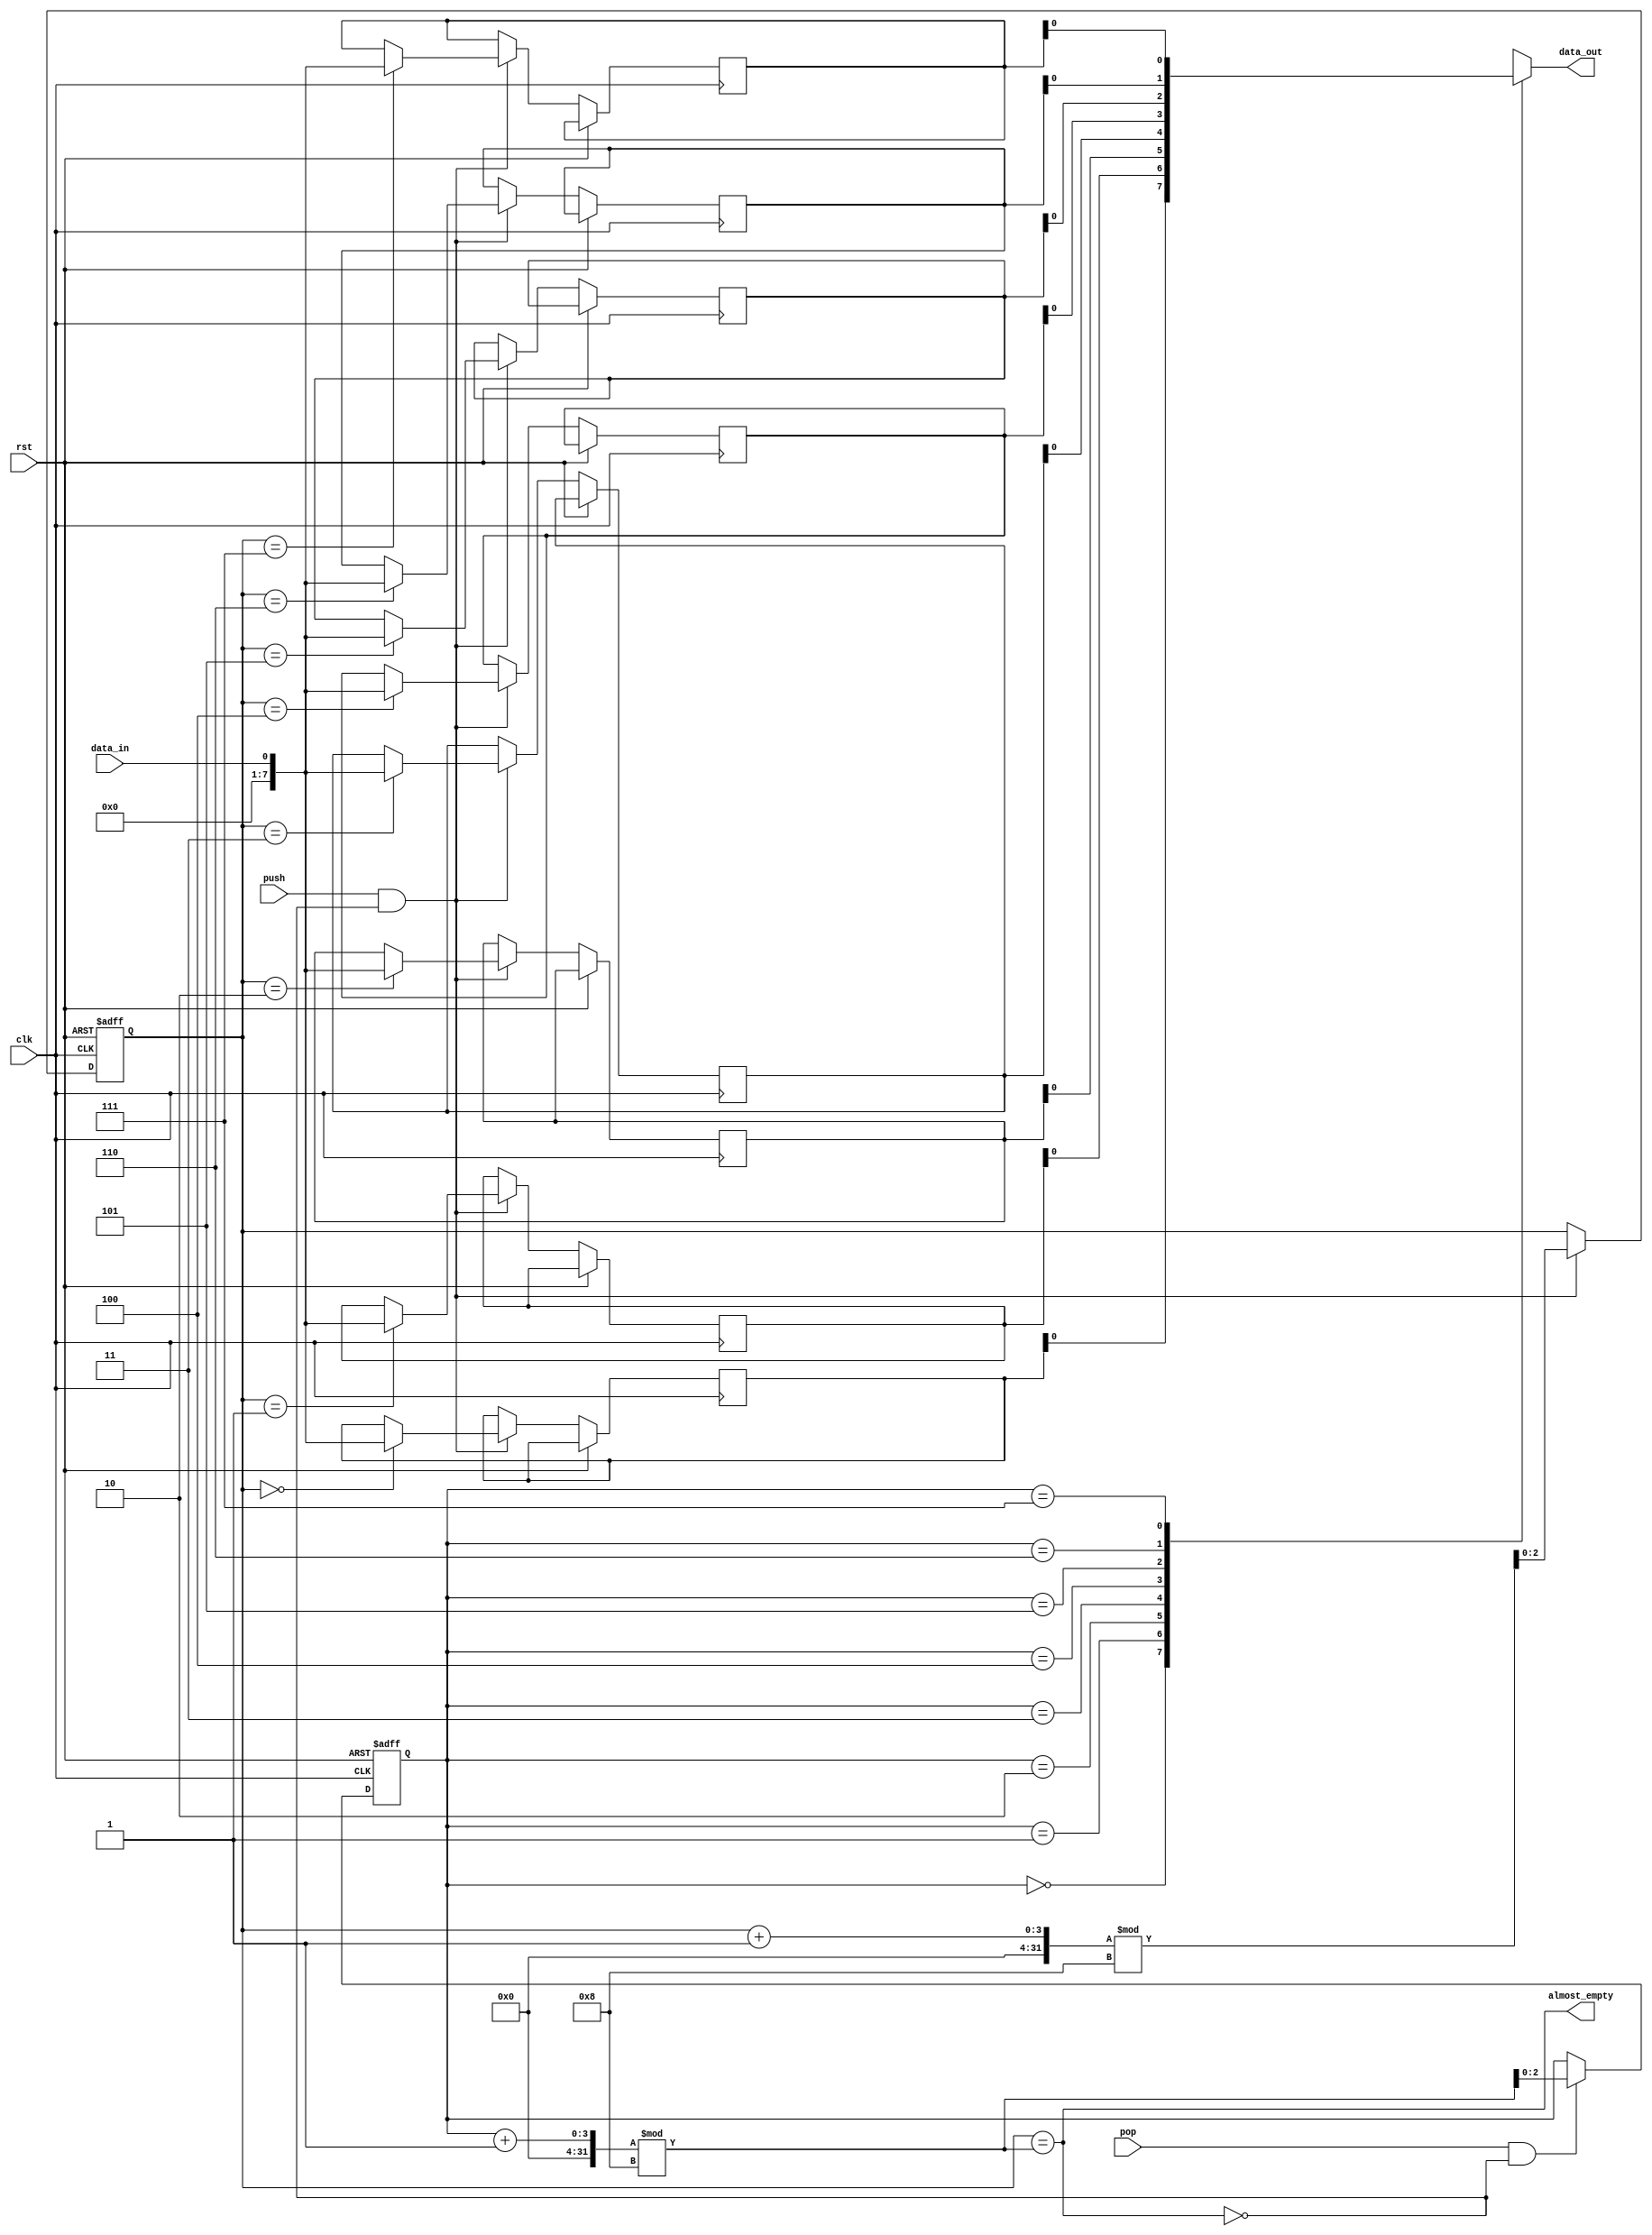
module AlmostEmpty_FIFO (
    input wire clk,
    input wire rst,
    input wire push,
    input wire pop,
    input wire data_in,
    output wire data_out,
    output wire almost_empty
);

parameter BUFFER_SIZE = 8;

reg [7:0] buffer [0:BUFFER_SIZE-1];
reg [2:0] head = 0;
reg [2:0] tail = 0;

assign data_out = buffer[tail];
assign almost_empty = (head == (tail + 1)%BUFFER_SIZE);

always @ (posedge clk or posedge rst)
begin
    if (rst)
    begin
        head <= 0;
        tail <= 0;
    end
    else
    begin
        if (push && !almost_empty)
            begin
                buffer[head] <= data_in;
                head <= (head + 1)%BUFFER_SIZE;
            end
        if (pop && !almost_empty)
            begin
                tail <= (tail + 1)%BUFFER_SIZE;
            end
    end
end

endmodule